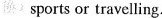
换）sports or travelling.